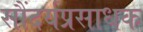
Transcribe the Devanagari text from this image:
सौंदर्यप्रसाधक